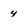
Character: 4